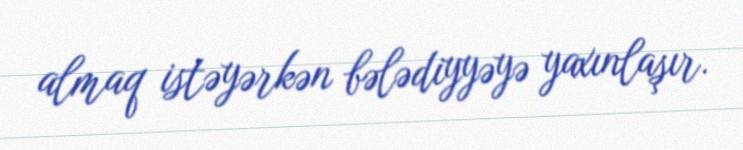
almaq istəyərkən bələdiyyəyə yaxınlaşır.